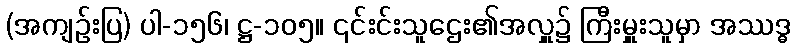
(အကျဉ်းပြ) ပါ-၁၅၆၊ ဋ္ဌ-၁၀၅။ ၎င်းင်းသူဌေး၏အလှူ၌ ကြီးမှူးသူမှာ အဿဒ္ဓ